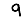
Digit: 9